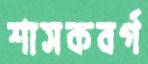
শাসকবর্গ